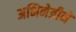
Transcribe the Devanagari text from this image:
अभिनेत्रीने